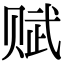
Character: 赋